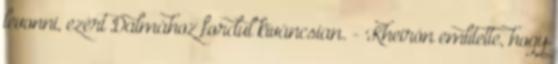
levonni, ezért Dalmához fordul kíváncsian. - Kheirón említette, hogy